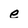
Character: e